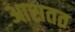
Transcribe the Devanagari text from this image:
आसतत